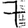
Digit: 7